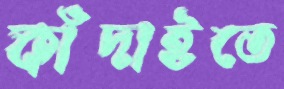
কাঁদাইতে